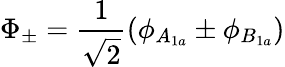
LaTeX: \Phi_{\pm}=\frac{1}{\sqrt{2}}(\phi_{A_{1a}}\pm\phi_{B_{1a}})